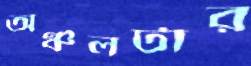
অঞ্চলটার